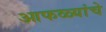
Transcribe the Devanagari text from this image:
आफळ्यांचे